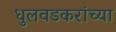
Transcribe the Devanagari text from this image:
धुलवडकरांच्या